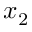
x _ { 2 }